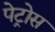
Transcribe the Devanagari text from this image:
पेट्रोस